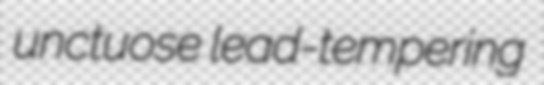
unctuose lead-tempering